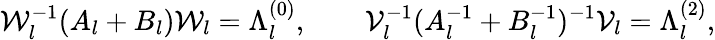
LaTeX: {\cal W}_{l}^{-1}(A_{l}+B_{l}){\cal W}_{l}=\Lambda_{l}^{(0)},\qquad{\cal V}_{l}^{-1}(A_{l}^{-1}+B_{l}^{-1})^{-1}{\cal V}_{l}=\Lambda_{l}^{(2)},